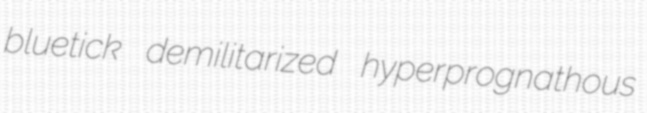
bluetick demilitarized hyperprognathous